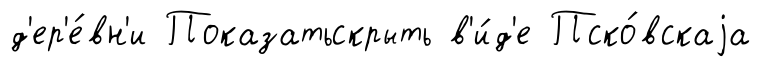
д'ер'е́вн'и Показатьскрыть в'и́д'е Пско́вскаjа